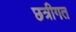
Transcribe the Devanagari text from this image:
छत्रीगत